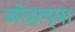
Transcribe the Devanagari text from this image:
जोडल्‍या